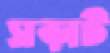
সড়ার্ট